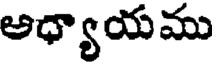
అధ్యాయము